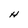
Character: H